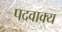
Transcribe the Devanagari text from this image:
पदवाक्य